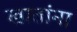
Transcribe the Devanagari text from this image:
खातांना